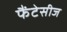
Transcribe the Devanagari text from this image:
फैंटेसीज